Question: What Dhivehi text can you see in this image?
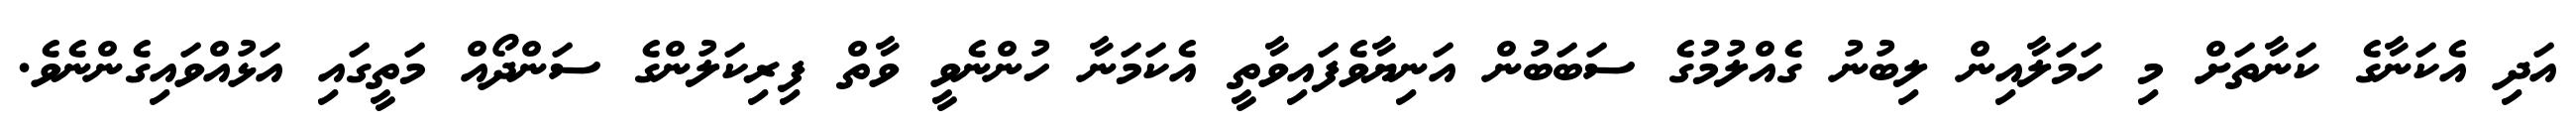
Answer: އަދި އެކަނާގެ ކަނާތަށް މި ހަމަލާއިން ލިބުނު ގެއްލުމުގެ ސަބަބުން އަނިޔާވެފައިވާތީ އެކަމަނާ ހުންނެވީ ވާތް ފިރިކަލުންގެ ސަންދޯއް މަތީގައި އަޅުއްވައިގެންނެވެ.